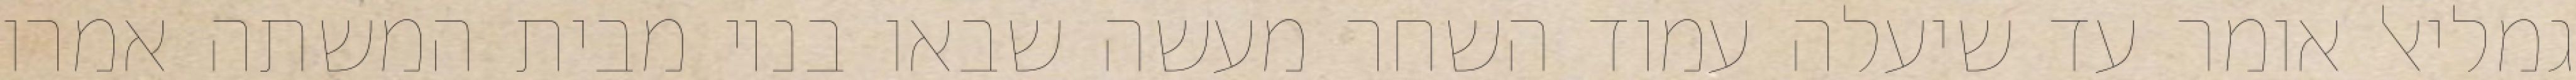
גמליאל אומר עד שיעלה עמוד השחר מעשה שבאו בניו מבית המשתה אמרו